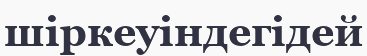
шіркеуіндегідей